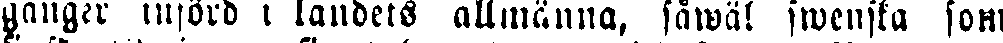
gånger införd i landets allmänna, såwäl swenska som